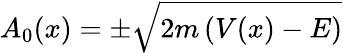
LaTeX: A_{0}(x)=\pm{\sqrt{2m\left(V(x)-E\right)}}